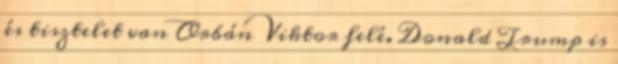
és tisztelet van Orbán Viktor felé. Donald Trump is